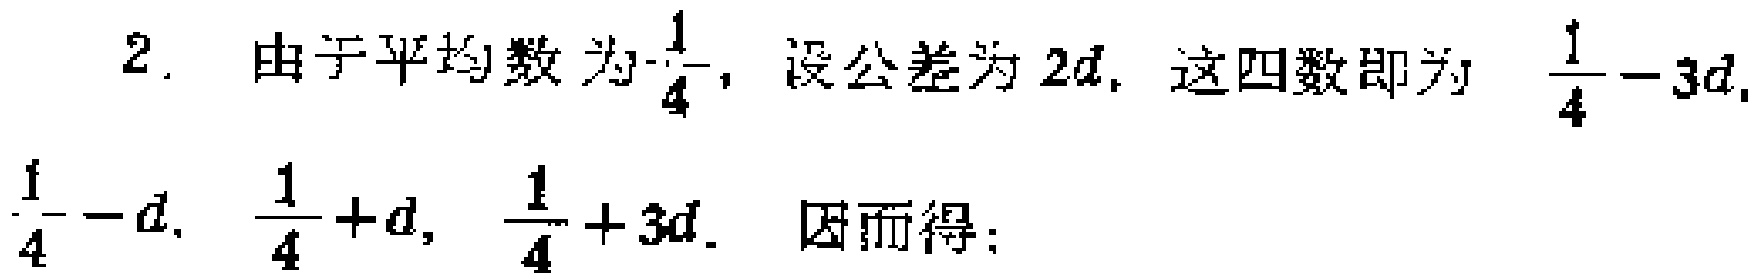
2. 由于平均数为\(-\frac{1}{4}\)，设公差为\(2d\)，这四数即为\(\frac{1}{4} - 3d\)，\(\frac{1}{4} - d\)，\(\frac{1}{4} + d\)，\(\frac{1}{4} + 3d\)。因而得：